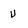
Character: u